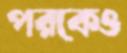
পরকেও